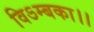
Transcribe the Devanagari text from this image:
विऽम्बका।।